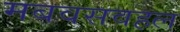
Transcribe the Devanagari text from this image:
मबवसवहल